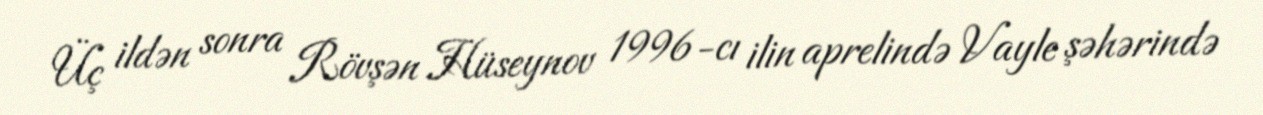
Üç ildən sonra Rövşən Hüseynov 1996-cı ilin aprelində Vayle şəhərində